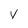
Character: v